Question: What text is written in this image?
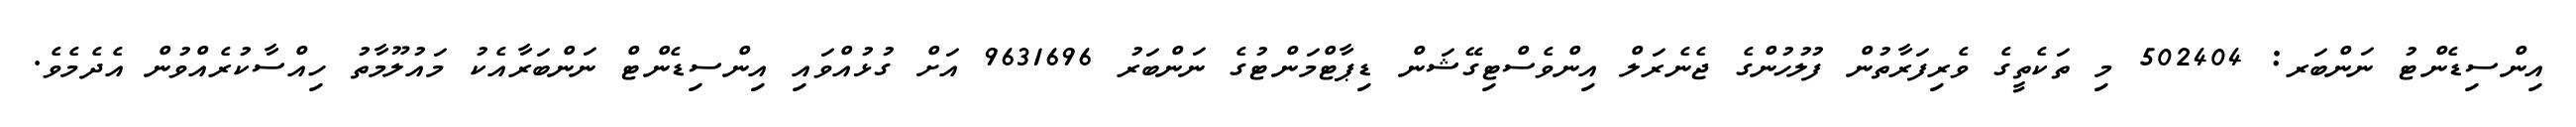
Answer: އިންސިޑެންޓު ނަންބަރ: 502404 މި ތަކެތީގެ ވެރިފަރާތުން ފުލުހުންގެ ޖެނެރަލް އިންވެސްޓިގޭޝަން ޑިޕާޓްމަންޓުގެ ނަންބަރު 9631696 އަށް ގުޅުއްވައި އިންސިޑެންޓް ނަންބަރާއެކު މައުލޫމާތު ހިއްސާކުރެއްވުން އެދެމެވެ.